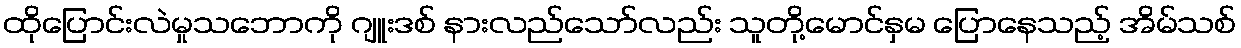
ထိုပြောင်းလဲမှုသဘောကို ဂျူးဒစ် နားလည်သော်လည်း သူတို့မောင်နှမ ပြောနေသည့် အိမ်သစ်